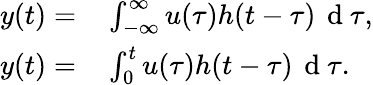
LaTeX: \begin{array}{rl}{y(t)=}&{{}\int_{-\infty}^{\infty}u(\tau)h(t-\tau)\, \mathrm{~d~}\tau,}\\ {y(t)=}&{{}\int_{0}^{t}u(\tau)h(t-\tau)\, \mathrm{~d~}\tau.}\end{array}